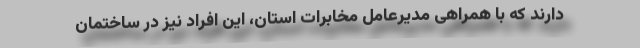
دارند که با همراهی مدیرعامل مخابرات استان، این افراد نیز در ساختمان